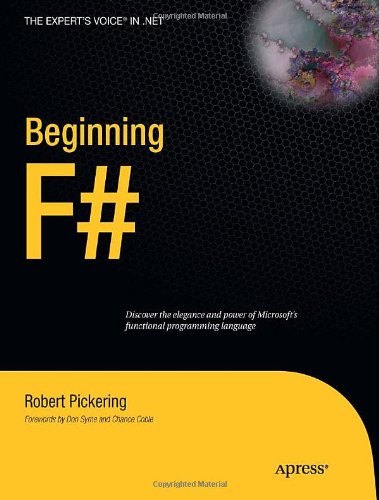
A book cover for Beginning F# (Expert's Voice in .NET); Robert Pickering; Computers & Technology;